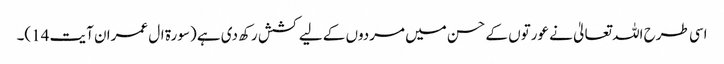
اسی طرح اللہ تعالیٰ نے عورتوں کے حسن میں مردوں کے لیے کشش رکھ دی ہے (سورۃ ال عمران آیت 14)۔